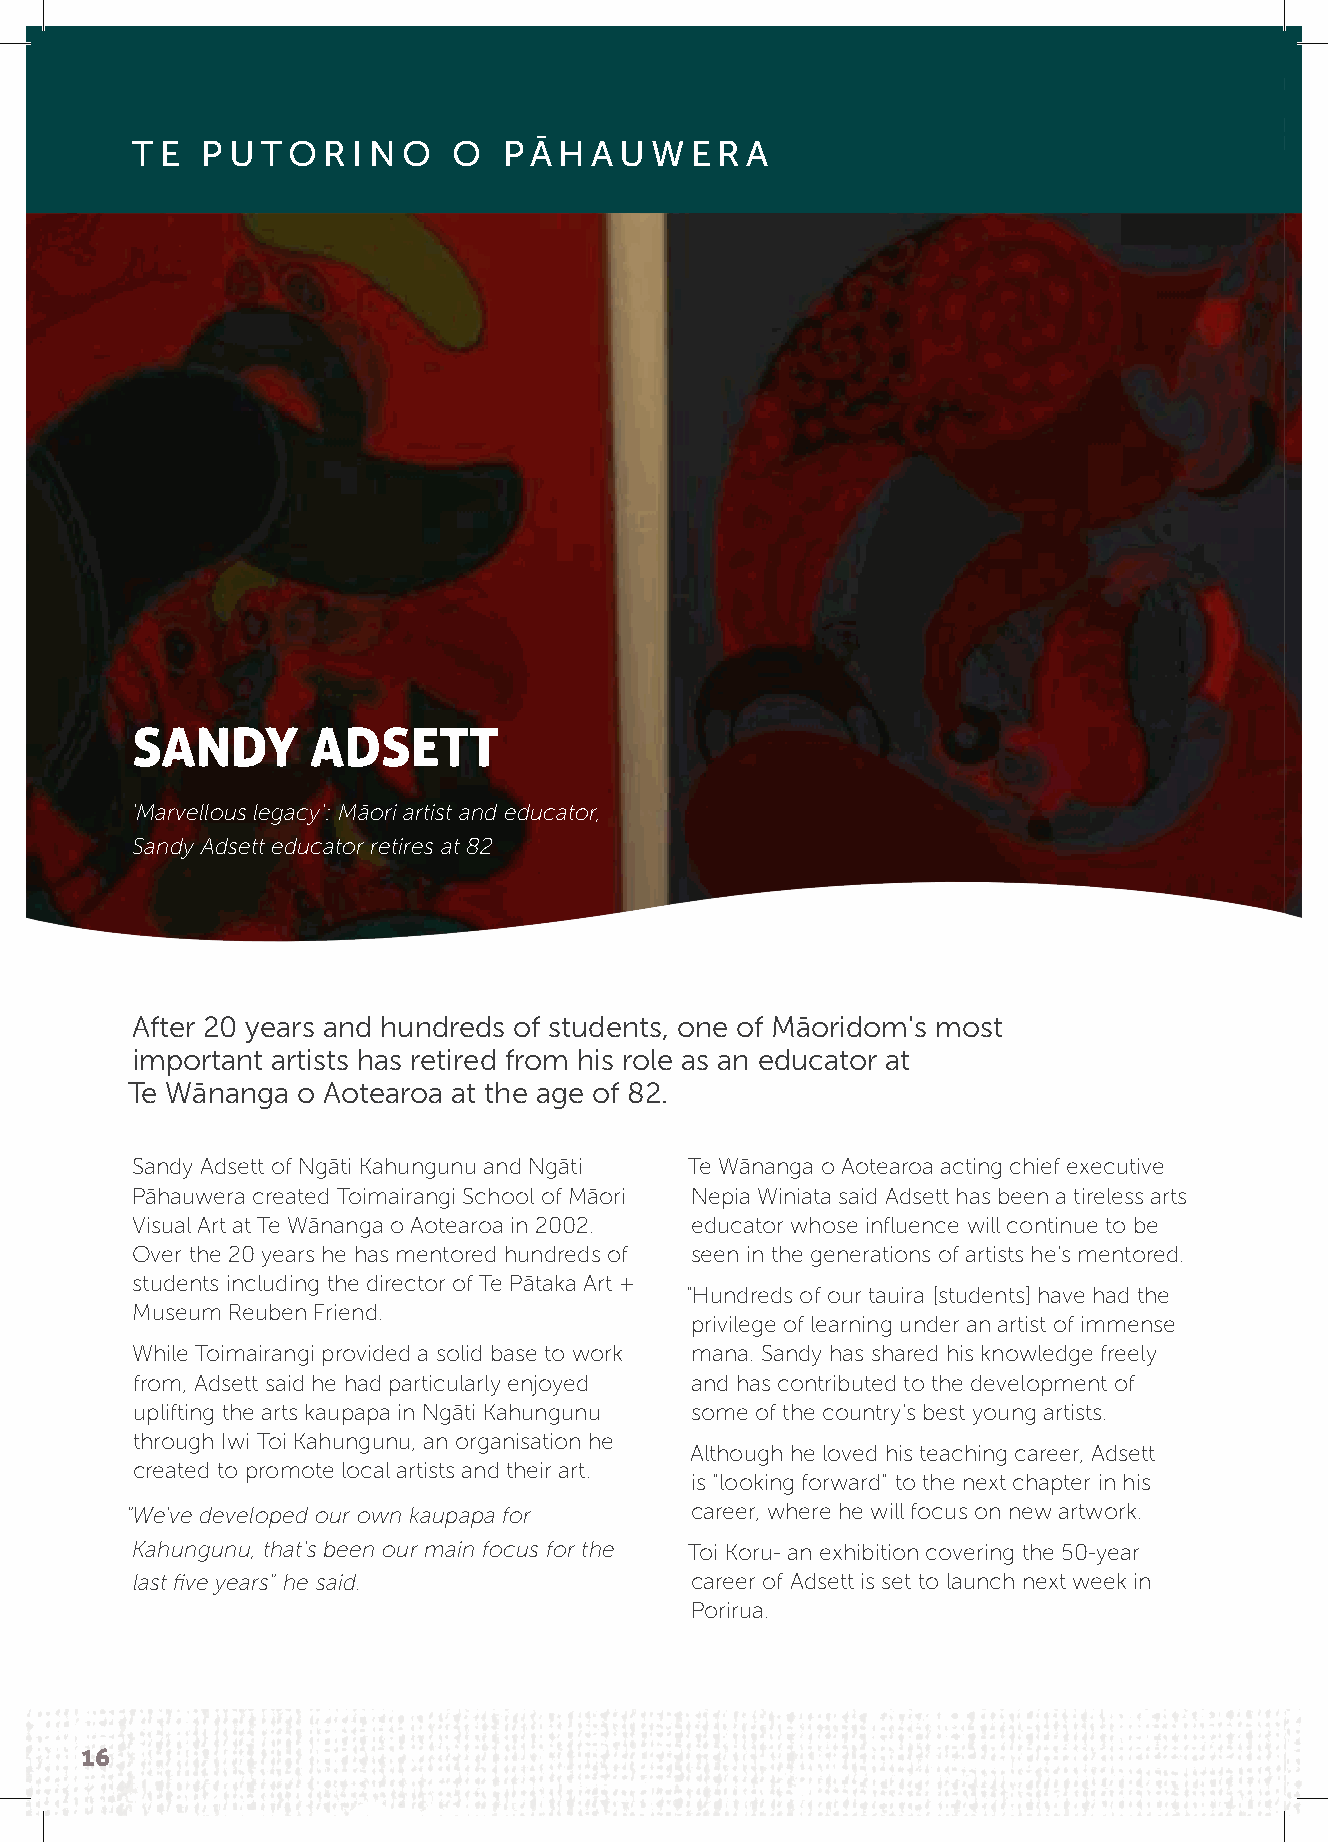
TE  PUTORINO         O  PĀHAUWERA
 SANDY       ADSETT
 'Marvellous legacy': Māori artist and educator,
 Sandy Adsett educator retires at 82
 After 20 years and hundreds of students, one of Māoridom's most
 important artists has retired from his role as an educator at
 Te Wānanga  o Aotearoa at the age of 82.
 Sandy Adsett of Ngāti Kahungunu and Ngāti Te Wānanga o Aotearoa acting chief executive
 Pāhauwera created Toimairangi School of Māori Nepia Winiata said Adsett has been a tireless arts
 Visual Art at Te Wānanga o Aotearoa in 2002. educator whose influence will continue to be
 Over the 20 years he has mentored hundreds of seen in the generations of artists he's mentored.
 students including the director of Te Pātaka Art +
 "Hundreds of our tauira [students] have had the
 Museum Reuben Friend.
 privilege of learning under an artist of immense
 While Toimairangi provided a solid base to work mana. Sandy has shared his knowledge freely
 from, Adsett said he had particularly enjoyed and has contributed to the development of
 uplifting the arts kaupapa in Ngāti Kahungunu some of the country's best young artists.
 through Iwi Toi Kahungunu, an organisation he
 Although he loved his teaching career, Adsett
 created to promote local artists and their art.
 is "looking forward" to the next chapter in his
 "We've developed our own kaupapa for  career, where he will focus on new artwork.
 Kahungunu, that's been our main focus for the Toi Koru- an exhibition covering the 50-year
 last five years" he said.            career of Adsett is set to launch next week in
 Porirua.
 16